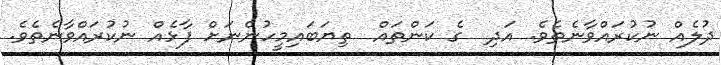
ދުލެއް ނުކުރައްވާނެތެވެ. އަދި  ގެ ކަންތައް  ތިޔަބައިމީހުންނަށް ފާޅެއް ނުކުރައްވާނެތެވެ.